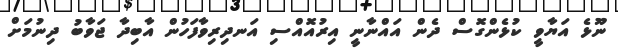
ނޫޅެ އަޔާވީ ކުޅެންގޮސް ދެން އައްނާނީ އިރުއޮއްސި އަނދިރިވާފަހުން އާބިދާ ޖަވާބު ދިނުމަށް